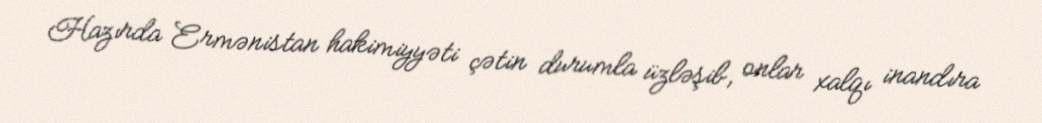
Hazırda Ermənistan hakimiyyəti çətin durumla üzləşib, onlar xalqı inandıra